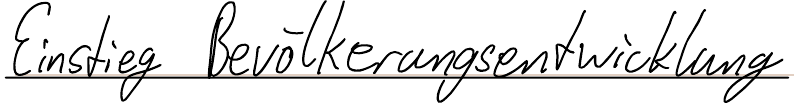
Einstieg Bevölkerungsentwicklung